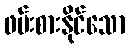
ဖမ်းစားနိုင်သော